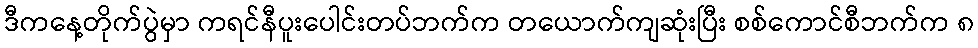
ဒီကနေ့တိုက်ပွဲမှာ ကရင်နီပူးပေါင်းတပ်ဘက်က တယောက်ကျဆုံးပြီး စစ်ကောင်စီဘက်က ၈